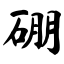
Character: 硼